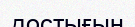
достығын